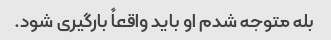
بله متوجه شدم او باید واقعاً بارگیری شود.